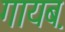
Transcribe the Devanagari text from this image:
गायब़